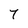
Character: 7